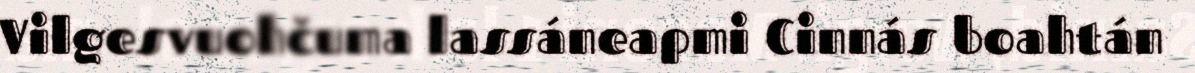
Vilgesvuohčuma lassáneapmi Cinnás boahtán